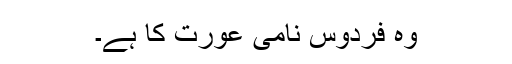
وہ فردوس نامی عورت کا ہے۔